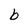
Character: b